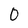
Character: 0